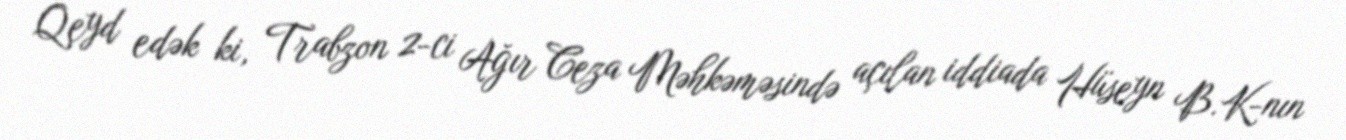
Qeyd edək ki, Trabzon 2-ci Ağır Ceza Məhkəməsində açılan iddiada Hüseyn B.K-nın